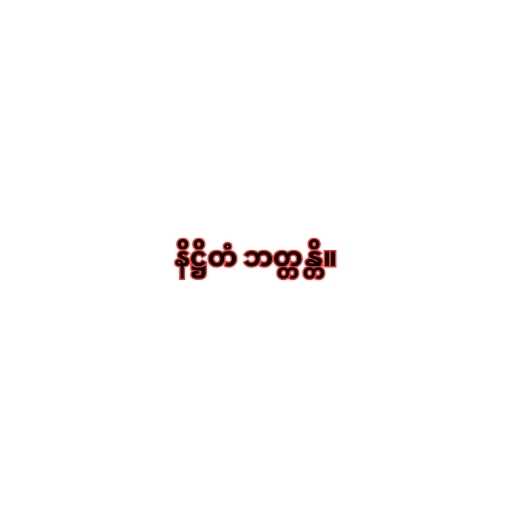
နိဋ္ဌိတံ ဘတ္တန္တိ။